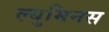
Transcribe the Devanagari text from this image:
ल्युमिनस